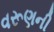
વરૂણની